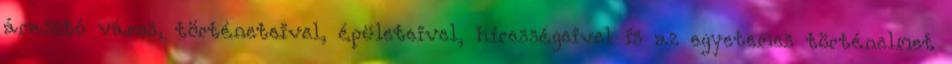
árasztó város, történeteivel, épületeivel, hírességeivel is az egyetemes történelmet